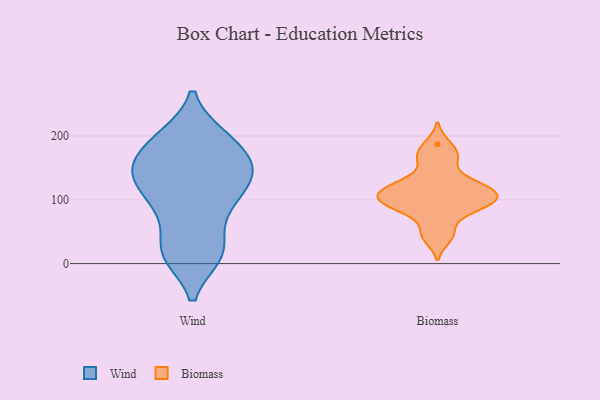
{"axis": {"x": "Humidity (%)", "y": "Value"}, "legend": ["Biomass", "Wind"], "data": [{"x": "", "y": 29, "type": "Wind"}, {"x": "", "y": 198, "type": "Wind"}, {"x": "", "y": 123, "type": "Wind"}, {"x": "", "y": 148, "type": "Wind"}, {"x": "", "y": 194, "type": "Wind"}, {"x": "", "y": 14, "type": "Wind"}, {"x": "", "y": 91, "type": "Wind"}, {"x": "", "y": 174, "type": "Wind"}, {"x": "", "y": 14, "type": "Wind"}, {"x": "", "y": 141, "type": "Wind"}, {"x": "", "y": 144, "type": "Wind"}, {"x": "", "y": 145, "type": "Wind"}, {"x": "", "y": 145, "type": "Wind"}, {"x": "", "y": 89, "type": "Wind"}, {"x": "", "y": 15, "type": "Wind"}, {"x": "", "y": 198, "type": "Wind"}, {"x": "", "y": 91, "type": "Wind"}, {"x": "", "y": 132, "type": "Biomass"}, {"x": "", "y": 113, "type": "Biomass"}, {"x": "", "y": 50, "type": "Biomass"}, {"x": "", "y": 164, "type": "Biomass"}, {"x": "", "y": 101, "type": "Biomass"}, {"x": "", "y": 95, "type": "Biomass"}, {"x": "", "y": 119, "type": "Biomass"}, {"x": "", "y": 93, "type": "Biomass"}, {"x": "", "y": 168, "type": "Biomass"}, {"x": "", "y": 112, "type": "Biomass"}, {"x": "", "y": 105, "type": "Biomass"}, {"x": "", "y": 90, "type": "Biomass"}, {"x": "", "y": 78, "type": "Biomass"}, {"x": "", "y": 126, "type": "Biomass"}, {"x": "", "y": 40, "type": "Biomass"}, {"x": "", "y": 187, "type": "Biomass"}]}